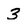
Character: 3